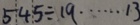
5 4 5 \div 1 9 \cdots 1 3